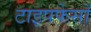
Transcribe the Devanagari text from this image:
टाइपफेसों